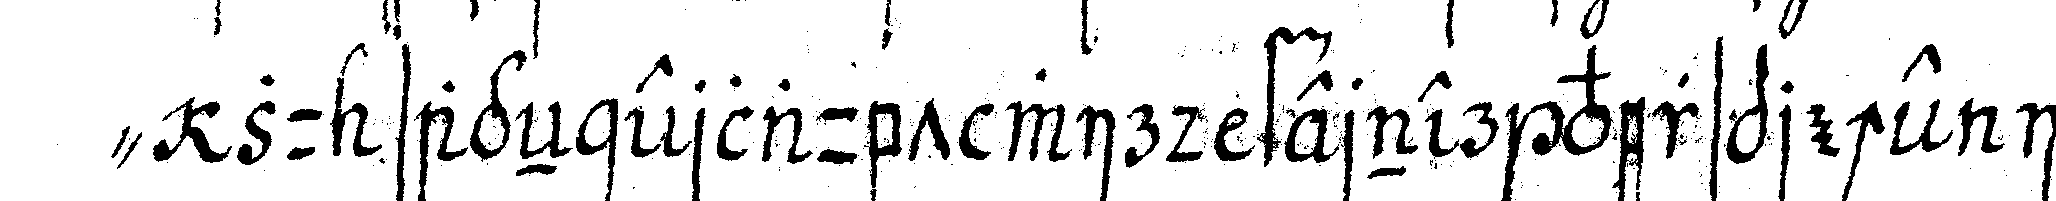
" zu sageN erlaubt wird ferner verspreche ich